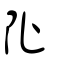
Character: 阯